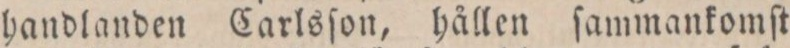
handlanden Carlsſon, hållen ſammankomſt